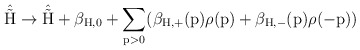
\begin{align*}\hat{\tilde{\rm H}} \rightarrow \hat{\tilde{\rm H}} +\beta_{\rm H,0} + \sum_{p>0} ( \beta_{\rm H,+}(p) \rho(p) +\beta_{\rm H,-}(p) \rho(-p) )\end{align*}